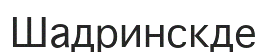
Шадринскде